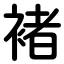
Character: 褚